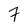
Character: 7